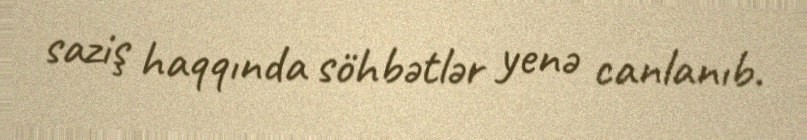
saziş haqqında söhbətlər yenə canlanıb.